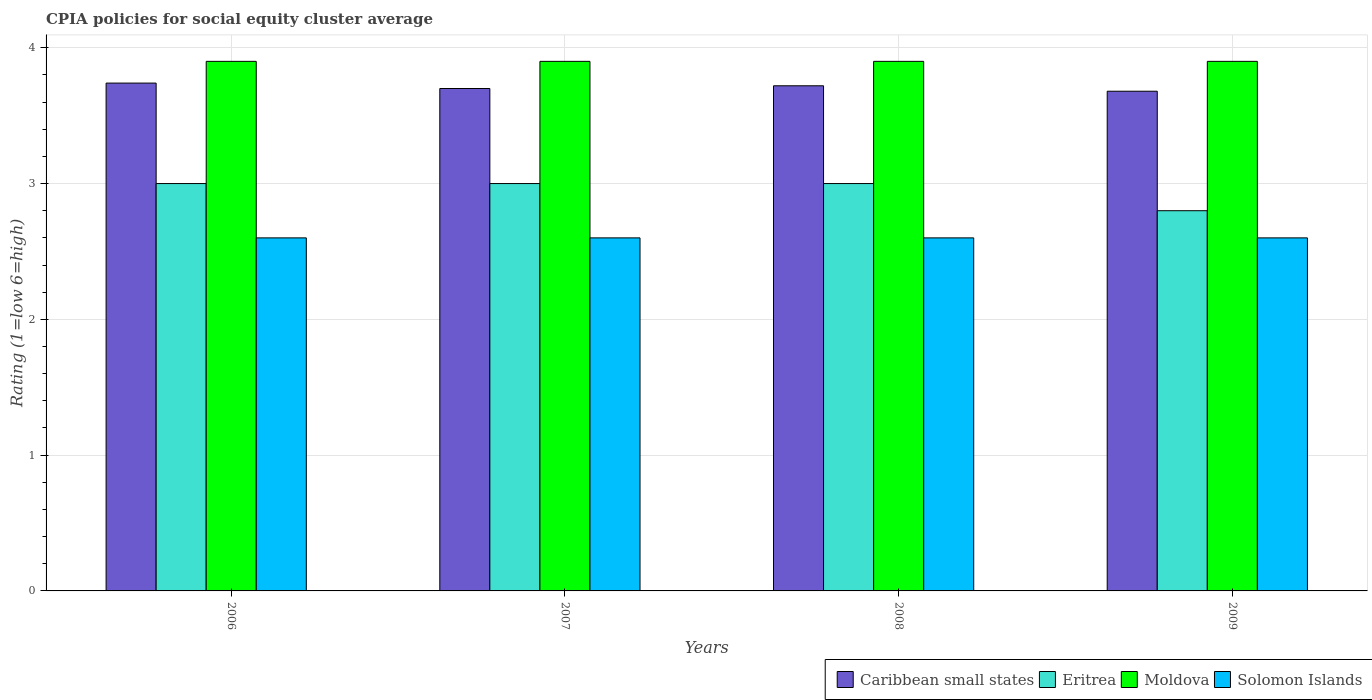
| Years | Caribbean small states | Eritrea | Moldova | Solomon Islands |
 | --- | --- | --- | --- | --- |
 | 2006 | 3.74 | 3 | 3.9 | 2.6 |
 | 2007 | 3.7 | 3 | 3.9 | 2.6 |
 | 2008 | 3.72 | 3 | 3.9 | 2.6 |
 | 2009 | 3.68 | 2.8 | 3.9 | 2.6 |